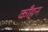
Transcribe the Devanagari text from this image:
काँहन